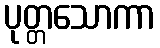
ပုတ္တသောကာ